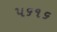
૫૬૧૬